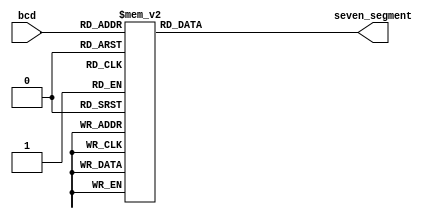
module bcd_to_seven_segment_decoder (
        input wire [3:0] bcd,
        output reg [6:0] seven_segment
);

always @ (bcd)
begin
        case (bcd)
        4'd0: seven_segment = 7'b1000000;
        4'd1: seven_segment = 7'b1111001;
        4'd2: seven_segment = 7'b0100100;
        4'd3: seven_segment = 7'b0110000;
        4'd4: seven_segment = 7'b0011001;
        4'd5: seven_segment = 7'b0010010;
        4'd6: seven_segment = 7'b0000010;
        4'd7: seven_segment = 7'b1111000;
        4'd8: seven_segment = 7'b0000000;
        4'd9: seven_segment = 7'b0010000;
        default: seven_segment = 7'b1111111;
        endcase
end

endmodule